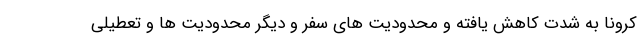
کرونا به شدت کاهش یافته و محدودیت های سفر و دیگر محدودیت ها و تعطیلی